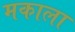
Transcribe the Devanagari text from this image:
मकाला